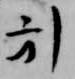
引